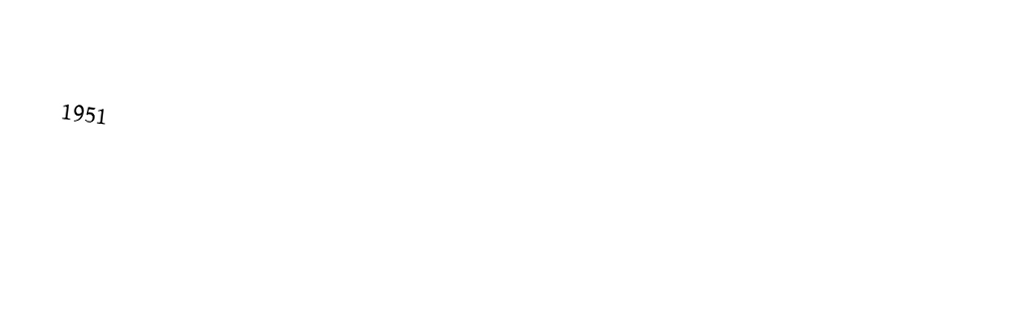

1951